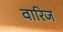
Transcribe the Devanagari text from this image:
वारिज